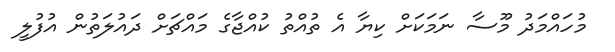
މުހައްމަދު މޫސާ ނަމަކަށް ކިޔާ އެ ތުއްތު ކުއްޖާގެ މައްޗަށް ދައުލަތުން އުފުލީ